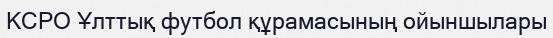
КСРО Ұлттық футбол құрамасының ойыншылары